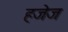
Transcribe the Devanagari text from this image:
हजेज